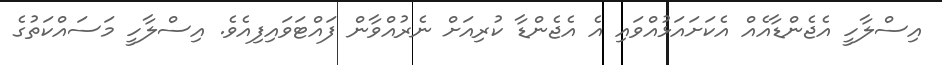
އިސްލާހީ އެޖެންޑާއެއް އެކަށައަޅުއްވައި އެ އެޖެންޑާ ކުރިއަށް ނެރުއްވާން ފައްޓަވައިފިއެވެ. އިސްލާހީ މަސައްކަތުގެ